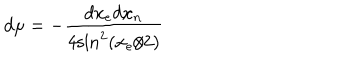
LaTeX: d \mu = - \frac { d x _ { e } d x _ { n } } { 4 \mathrm { s i n } ^ { 2 } ( x _ { e } / 2 ) }